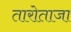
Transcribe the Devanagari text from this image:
तारोताजा